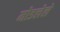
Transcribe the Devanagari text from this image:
मोडलेले